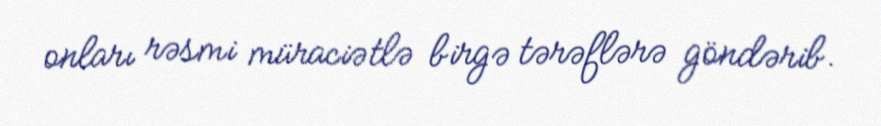
onları rəsmi müraciətlə birgə tərəflərə göndərib.